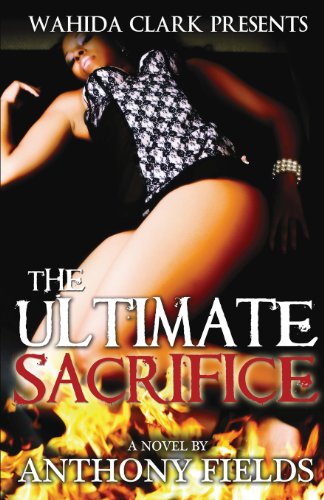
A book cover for The Ultimate Sacrifice (Wahida Clark Presents Publishing); Anthony Fields; Literature & Fiction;